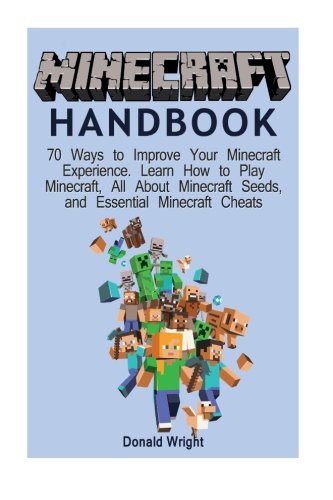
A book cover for Minecraft Handbook: 70 Ways to Improve Your Minecraft Experience. Learn How to Play Minecraft, All About Minecraft Seeds, and Essential Minecraft Cheats (Minecraft Seeds, Minecraft Cheats); Donald Wright; Humor & Entertainment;